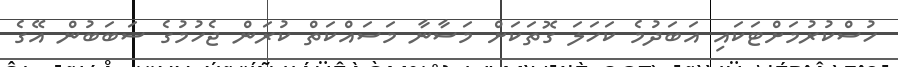
ހުސްކުރުމަށްޓަކައި އަބަދުމެ ކަހަލަ ގޮތަކަށް މަސާނާ މަސައްކަތް ކުރަން ޖެހުމުގެ ސަބަބުން އޭގެ